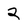
Character: 2